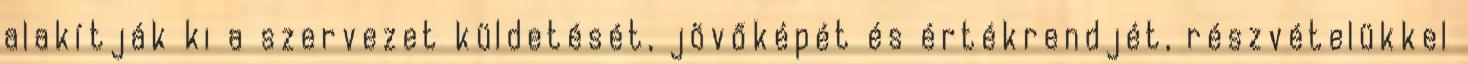
alakítják ki a szervezet küldetését, jövőképét és értékrendjét, részvételükkel